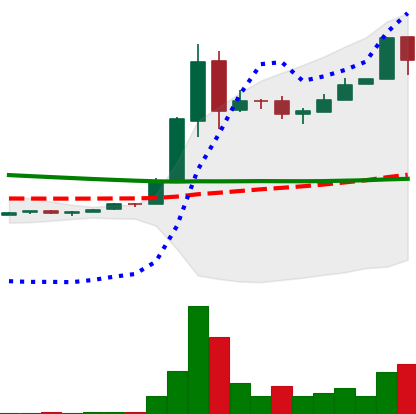
Ticker: DOGE-USD
Chart end date: 2018-09-11
Forward return: 3.192%
Label: up_3_5